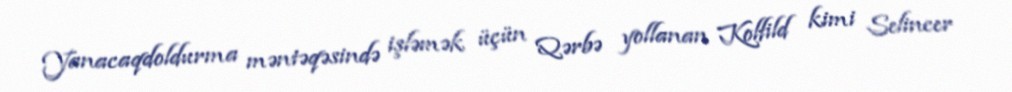
Yanacaqdoldurma məntəqəsində işləmək üçün Qərbə yollanan Kolfild kimi Selincer